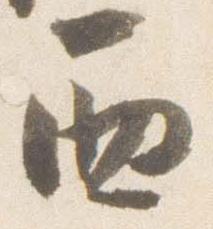
西